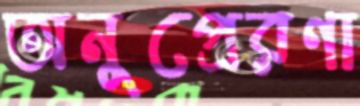
অনুপ্রেরণা